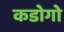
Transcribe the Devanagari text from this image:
कडोगो